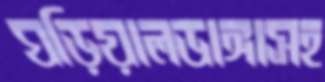
ঘড়িয়ালডাঙ্গাসহ